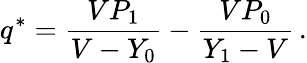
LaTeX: q^{*}=\frac{VP_{1}}{V-Y_{0}}-\frac{VP_{0}}{Y_{1}-V}\, .